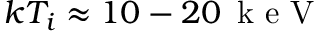
k T _ { i } \approx 1 0 - 2 0 \, \mathrm { ~ k ~ e ~ V ~ }